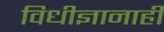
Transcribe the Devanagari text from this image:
विधीज्ञानाही